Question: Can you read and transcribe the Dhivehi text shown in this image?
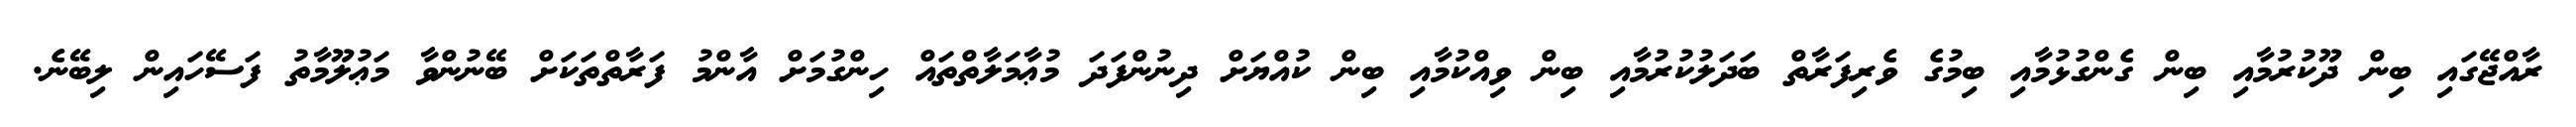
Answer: ރާއްޖޭގައި ބިން ދޫކުރުމާއި ބިން ގެންގުޅުމާއި ބިމުގެ ވެރިފަރާތް ބަދަލުކުރުމާއި ބިން ވިއްކުމާއި ބިން ކުއްޔަށް ދިނުންފަދަ މުޢާމަލާތްތައް ހިންގުމަށް އާންމު ފަރާތްތަކަށް ބޭނުންވާ މަޢުލޫމާތު ފަސޭހައިން ލިބޭނެ.